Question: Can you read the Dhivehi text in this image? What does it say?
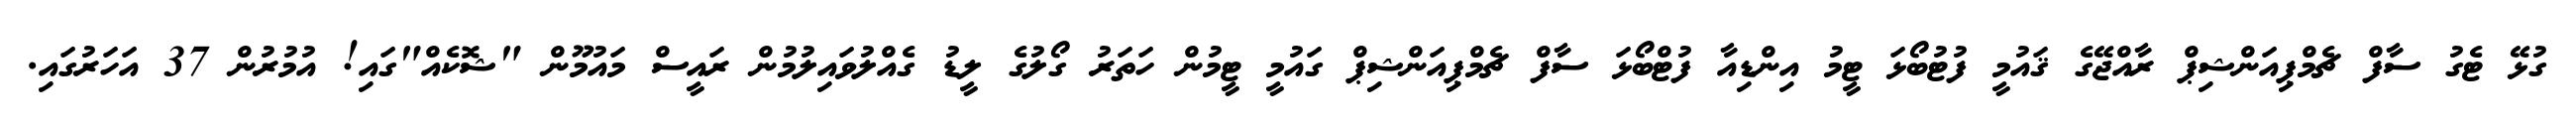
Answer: ގުޅޭ ޓެގު ސާފް ޗެމްޕިއަންޝިޕް ރާއްޖޭގެ ޤައުމީ ފުޓުބޯޅަ ޓީމު އިންޑިއާ ފުޓްބޯޅަ ސާފް ޗެމްޕިއަންޝިޕް ގައުމީ ޓީމުން ހަތަރު ގޯލުގެ ލީޑު ގެއްލުވައިލުމުން ރައީސް މައުމޫން "ޝޮކެއް"ގައި! އުމުރުން 37 އަހަރުގައި.